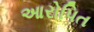
આરોપિત